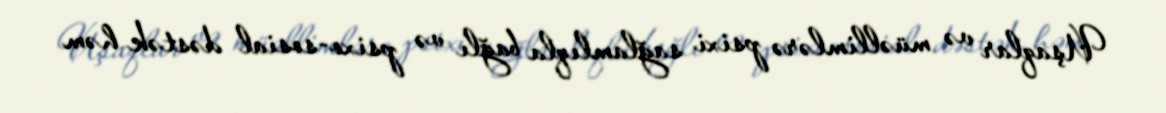
Uşaqlar və müəllimlərə psixi sağlamlıqla bağlı və psixo-sosial dəstək həm